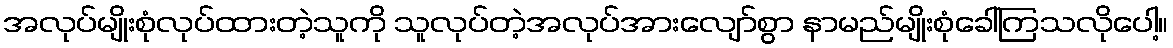
အလုပ်မျိုးစုံလုပ်ထားတဲ့သူကို သူလုပ်တဲ့အလုပ်အားလျော်စွာ နာမည်မျိုးစုံခေါ်ကြသလိုပေါ့။